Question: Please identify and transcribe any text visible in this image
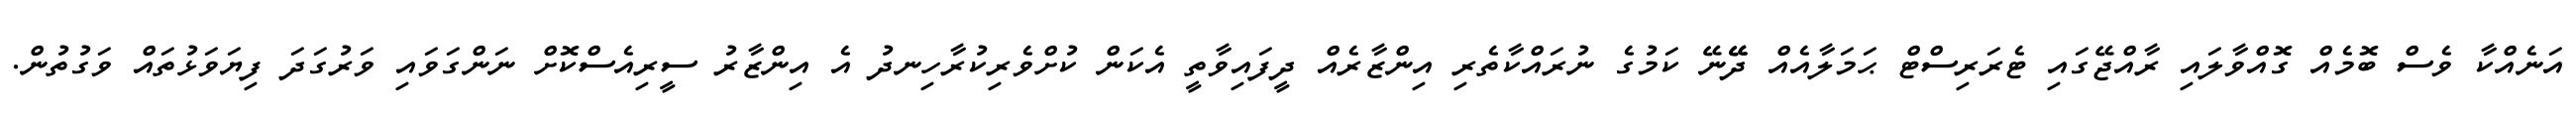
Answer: އަނެއްކާ ވެސް ބޮމެއް ގޮއްވާލައި ރާއްޖޭގައި ޓެރަރިސްޓް ޙަމަލާއެއް ދޭޭނޭ ކަމުގެ ނުރައްކާތެރި އިންޒާރެއް ދީފައިވާތީ އެކަން ކުށްވެރިކުރާހިނދު އެ އިންޒާރު ސީރިއެސްކޮށް ނަންގަވައި ވަރުގަދަ ފިޔަވަޅުތައް ވަގުތުން.